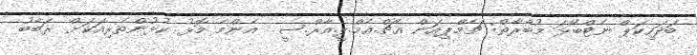
ބަދަހިކަޕް ނެޓްބޯޅަ މުބާރާތް: ޗެމްޕިއަން އެޗް.އެމް.ޕީ.އާރް.ސީ  އެންމެ މޮޅު ކުޅުންތެރިއަކަށް ރަބާބު